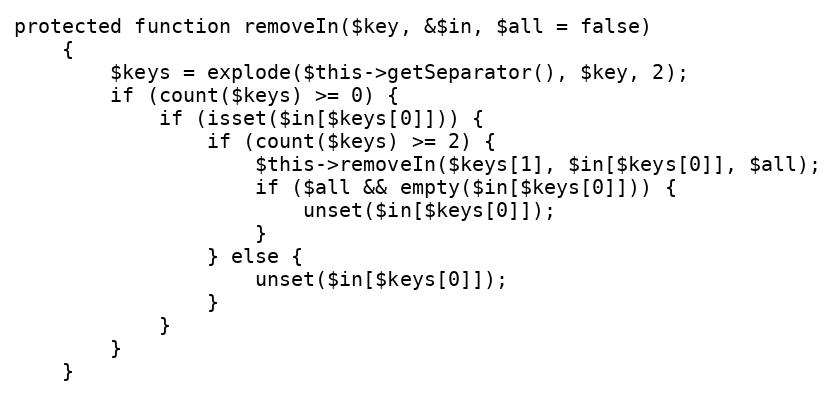
Language: PHP
protected function removeIn($key, &$in, $all = false)
    {
        $keys = explode($this->getSeparator(), $key, 2);
        if (count($keys) >= 0) {
            if (isset($in[$keys[0]])) {
                if (count($keys) >= 2) {
                    $this->removeIn($keys[1], $in[$keys[0]], $all);
                    if ($all && empty($in[$keys[0]])) {
                        unset($in[$keys[0]]);
                    }
                } else {
                    unset($in[$keys[0]]);
                }
            }
        }
    }